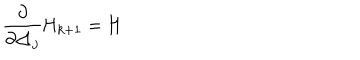
LaTeX: \frac \partial { \partial \triangle _ { j } } \mathrm { H } _ { k + 1 } = \mathrm { H }